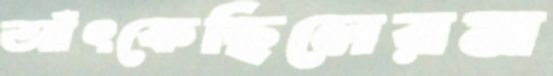
আঁৎকেছিলেরম